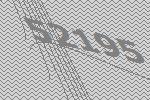
52195